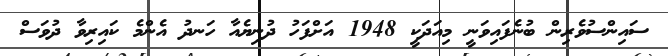
ސައިންސުވެރިން ބުނެފައިވަނީ މިއަދަކީ 1948 އަށްފަހު ދުނިޔެއާ ހަނދު އެންމެ ކައިރިވާ ދުވަސް